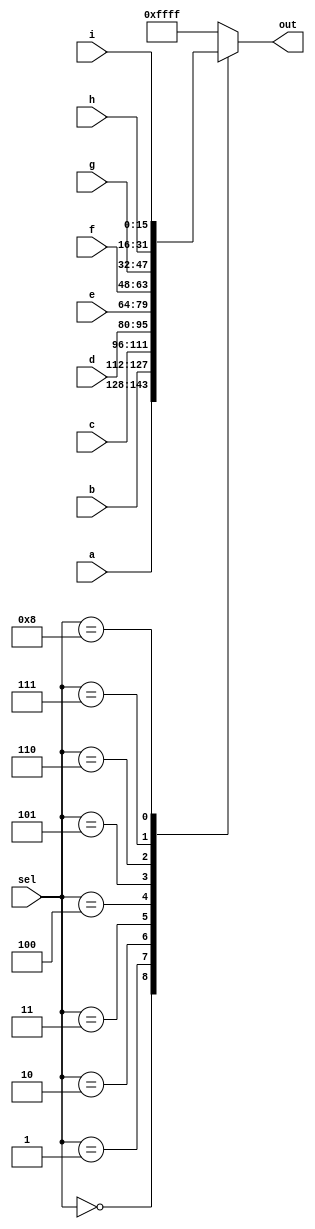
module top_module( 
    input [15:0] a, b, c, d, e, f, g, h, i,
    input [3:0] sel,
    output [15:0] out );

    always @(*) begin
        case (sel)
        4'h0: out = a;
        4'h1: out = b;
        4'h2: out = c;
        4'h3: out = d;
        4'h4: out = e;
        4'h5: out = f;
        4'h6: out = g;
        4'h7: out = h;
        4'h8: out = i;
        default: out = 16'hFFFF;
        endcase
        
    end
    
endmodule